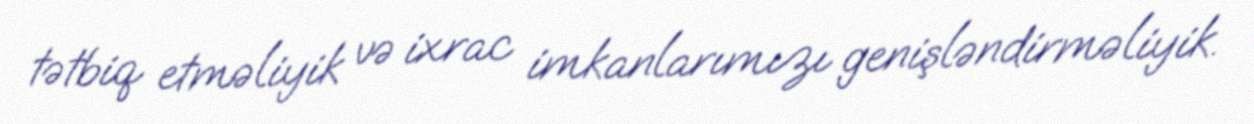
tətbiq etməliyik və ixrac imkanlarımızı genişləndirməliyik.